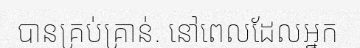
បានគ្រប់គ្រាន់. នៅពេលដែលអ្នក